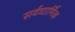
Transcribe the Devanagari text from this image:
सर्वधार्मिक